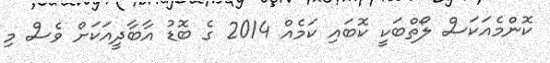
ކޮންމެއަކަސް ލޯތްބަކީ ކޮބައި ކަމެއް 2014 ގެ ބޮޑު އާބާދީއަކަށް ވެސް މި